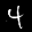
Label: 4